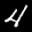
Label: 4